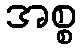
အစ္စ